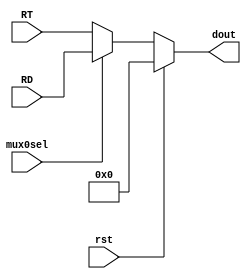
`timescale 1ns / 1ps
//////////////////////////////////////////////////////////////////////////////////
// Company: 
// Engineer: 
// 
// Design Name: 
// Module Name: top_module
// Project Name: 
// Target Devices: 
// Tool Versions: 
// Description: 
// 
// Dependencies: 
// 
// Revision:
// Revision 0.01 - File Created
// Additional Comments:
// 
//////////////////////////////////////////////////////////////////////////////////

module mux0

/*** PARAMETERS ***/
#(parameter
	INST_WL = 5,
	DATA_WL = 32,
	ADDR_WL = 5
)

/*** IN/OUT ***/
(
	// IN 
	input 			mux0sel,
	                rst,
	input [4 : 0]	RT,
					RD,
	// OUT
	output reg [4 : 0] dout
);

	always @(*) 
	begin
	    if(rst) dout = 0;
	    else
	    begin
            if(mux0sel) dout	= RD;
            else dout			= RT;
        end
	end 

endmodule